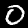
Label: 0